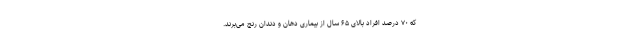
که ۷۰ درصد افراد بالای ۶۵ سال از بیماری دهان و دندان رنج می‌برند.